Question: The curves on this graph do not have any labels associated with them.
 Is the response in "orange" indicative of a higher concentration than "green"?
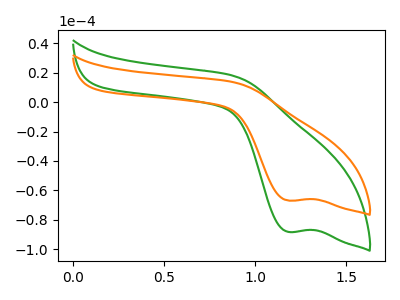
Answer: <think>The green curve "green" has a cathodic peak at: (1.20V, -88.30uA). The orange curve "orange" has a cathodic peak at: (1.20V, -66.95uA).
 All the peaks in "orange" have a peak in "green" at the same potential. Every peak in "orange" is lower than every peak in "green".</think>
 <answer>"orange" has less signal than "green".</answer>
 <eval>less_signal</eval>